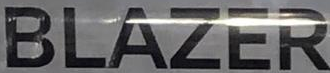
BLAZER